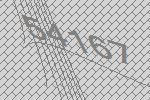
54167